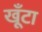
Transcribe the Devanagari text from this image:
खूँटा